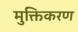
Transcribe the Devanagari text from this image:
मुक्तिकरण